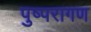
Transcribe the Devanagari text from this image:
पुष्परागण